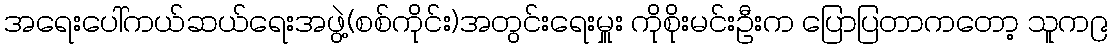
အရေးပေါ်ကယ်ဆယ်ရေးအဖွဲ့(စစ်ကိုင်း)အတွင်းရေးမှူး ကိုစိုးမင်းဦးက ပြောပြတာကတော့ သူက၉